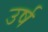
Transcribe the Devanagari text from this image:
उर्ष